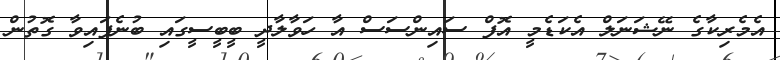
އެމެރިކާގެ ނޭޝަނަލް އެކަޑެމީ އޮފް ސައިންސަސް އާ ހަވާލާދީ ބީބީސީގައި ބުނެފައިވާ ގޮތުން